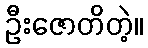
ဦးဇောတိတဲ့။